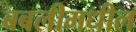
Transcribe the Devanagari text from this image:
बबलीमधील